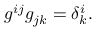
g ^ { i j } g _ { j k } = \delta _ { k } ^ { i } .